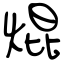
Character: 焜